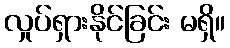
လှုပ်ရှားနိုင်ခြင်း မရှိ။